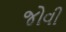
જોવી